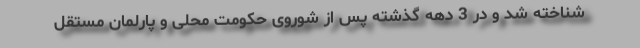
شناخته شد و در 3 دهه گذشته پس از شوروی حکومت محلی و پارلمان مستقل